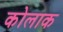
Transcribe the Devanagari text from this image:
कोलाक